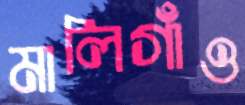
মালিগাঁও